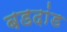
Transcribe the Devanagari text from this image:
बडदांड